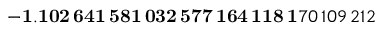
\mathbf { - 1 . 1 0 2 \, 6 4 1 \, 5 8 1 \, 0 3 2 \, 5 7 7 \, 1 6 4 \, 1 1 8 \, 1 } 7 0 \, 1 0 9 \, 2 1 2